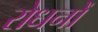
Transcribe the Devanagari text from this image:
रोधनों